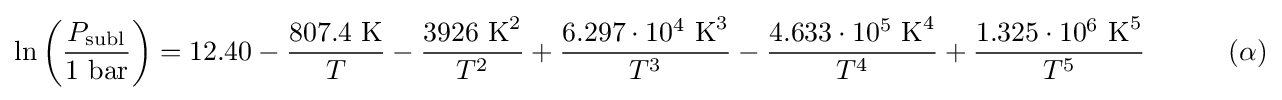
\ln {\left({\frac {P_{\text{subl}}}{1{\text{ bar}}}}\right)}=12.40-{\frac {807.4{\text{ K}}}{T}}-{\frac {3926{\text{ K}}^{2}}{T^{2}}}+{\frac {6.297\cdot 10^{4}{\text{ K}}^{3}}{T^{3}}}-{\frac {4.633\cdot 10^{5}{\text{ K}}^{4}}{T^{4}}}+{\frac {1.325\cdot 10^{6}{\text{ K}}^{5}}{T^{5}}}\quad \quad \quad (\alpha )